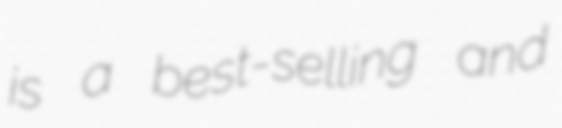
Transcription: is a best-selling and